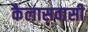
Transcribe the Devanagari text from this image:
कैलासवासी